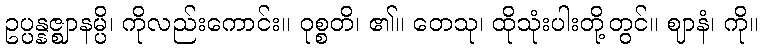
ဥပ္ပန္နဇ္ဈာနမ္ပိ၊ ကိုလည်းကောင်း။ ဝုစ္စတိ၊ ၏။ တေသု၊ ထိုသုံးပါးတို့တွင်။ ဈာနံ၊ ကို။